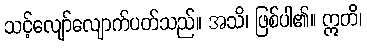
သင့်လျော်လျောက်ပတ်သည်။ အသိ၊ ဖြစ်ပါ၏။ ဣတိ၊